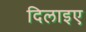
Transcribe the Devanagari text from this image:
दिलाइए